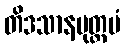
တိဒသာနမုတ္တမံ